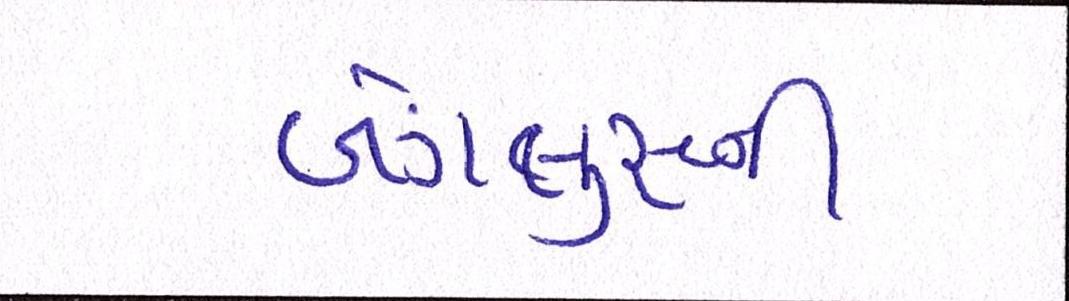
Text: બેંગલુરૂની